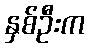
နှစ်ဦးက